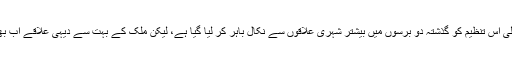
القاعدہ سے تعلق رکھنے والی اس تنظیم کو گذشتہ دو برسوں میں بیشتر شہری علاقوں سے نکال باہر کر لیا گیا ہے، لیکن ملک کے بہت سے دیہی علاقے اب بھی اس کے قبضے میں ہیں۔